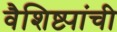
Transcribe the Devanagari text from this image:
वैशिष्ट्यांची